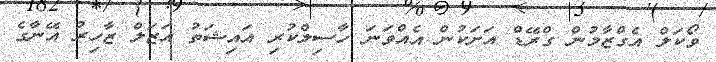
ވޯކަލް އެގްޒާމުން ގްރޭޑް އަށަކުން އެއްވަނަ ހާސިލްކުރި އައިޝަތު އަޒަލް ޒާހިރު އޭނާގެ